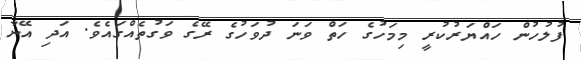
ފުލުހުން ހައްޔަރުކުރީ މިމަހުގެ ހަތް ވަނަ ދުވަހުގެ ރޭގެ ވަގުތެއްގައެވެ. އަދި އޭނާ